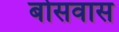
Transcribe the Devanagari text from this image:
बोसवास